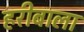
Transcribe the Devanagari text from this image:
हरीबाला